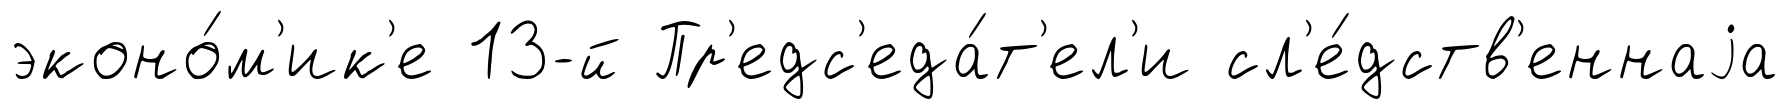
эконо́м'ик'е 13-й Пр'едс'еда́т'ел'и сл'е́дств'еннаjа